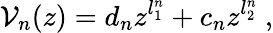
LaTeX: \mathcal{V}_{n}(z)=d_{n}z^{l_{1}^{n}}+c_{n}z^{l_{2}^{n}}~,